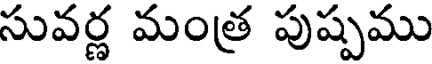
సువర్ణ మంత్ర పుష్పము